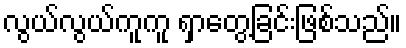
လွယ်လွယ်ကူကူ ရှာတွေ့ခြင်းဖြစ်သည်။